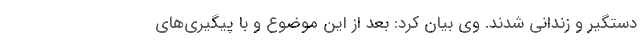
دستگیر و زندانی شدند. وی بیان کرد: بعد از این موضوع و با پیگیری‌های